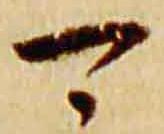
可